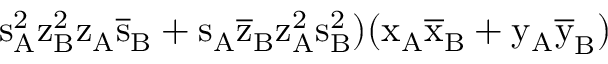
\mathrm { s _ { A } ^ { 2 } \mathrm { z _ { B } ^ { 2 } \mathrm { z _ { A } \mathrm { \overline { { s } } _ { B } + \mathrm { s _ { A } \mathrm { \overline { { z } } _ { B } \mathrm { z _ { A } ^ { 2 } \mathrm { s _ { B } ^ { 2 } ) ( \mathrm { x _ { A } \mathrm { \overline { { x } } _ { B } + \mathrm { y _ { A } \mathrm { \overline { { y } } _ { B } ) } } } } } } } } } } } }